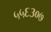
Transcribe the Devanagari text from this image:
५५६३०७